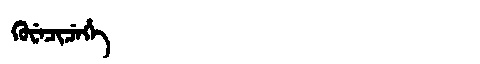
Manchu: ᡴᡠᠸᡝᠴᡳᠴᡝᡥᡝ
Romanization: KUWECICEHE